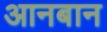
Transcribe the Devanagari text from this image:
आनबान